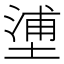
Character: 𡏋